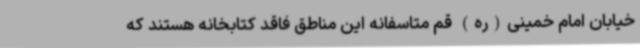
خیابان امام خمینی(ره) قم متاسفانه این مناطق فاقد کتابخانه هستند که